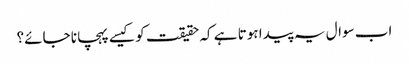
اب سوال یہ پیدا ہوتا ہے کہ حقیقت کو کیسے پہچانا جائے؟